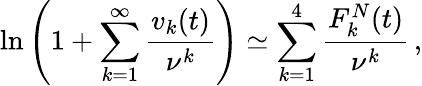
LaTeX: \ln\left(1+\sum_{k=1}^{\infty}\frac{v_{k}(t)}{\nu^{k}}\right)\simeq\sum_{k=1}^{4}\frac{F_{k}^{N}(t)}{\nu^{k}}\, {,}